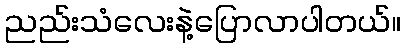
ညည်းသံလေးနဲ့ပြောလာပါတယ်။